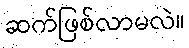
ဆက်ဖြစ်လာမလဲ။